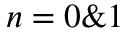
n = 0 \& 1